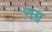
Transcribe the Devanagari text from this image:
नग्र